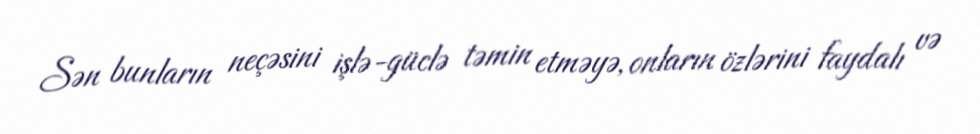
Sən bunların neçəsini işlə-güclə təmin etməyə, onların özlərini faydalı və